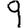
Digit: 9